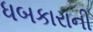
ધબકારાની